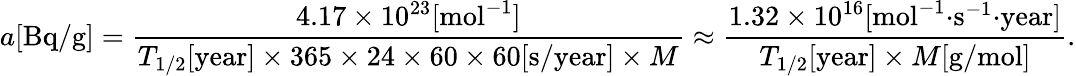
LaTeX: a[{\mathrm{Bq/g}}]={\frac{4.17\times 10^{23}[{\mathrm{mol}}^{-1}]}{T_{1/2}[{\mathrm{year}}]\times 365\times 24\times 60\times 60[{\mathrm{s/year}}]\times M}}\approx{\frac{1.32\times 10^{16}[{\mathrm{mol}}^{-1}{\cdot}{\mathrm{s}}^{-1}{\cdot}{\mathrm{year}}]}{T_{1/2}[{\mathrm{year}}]\times M[{\mathrm{g/mol}}]}}.